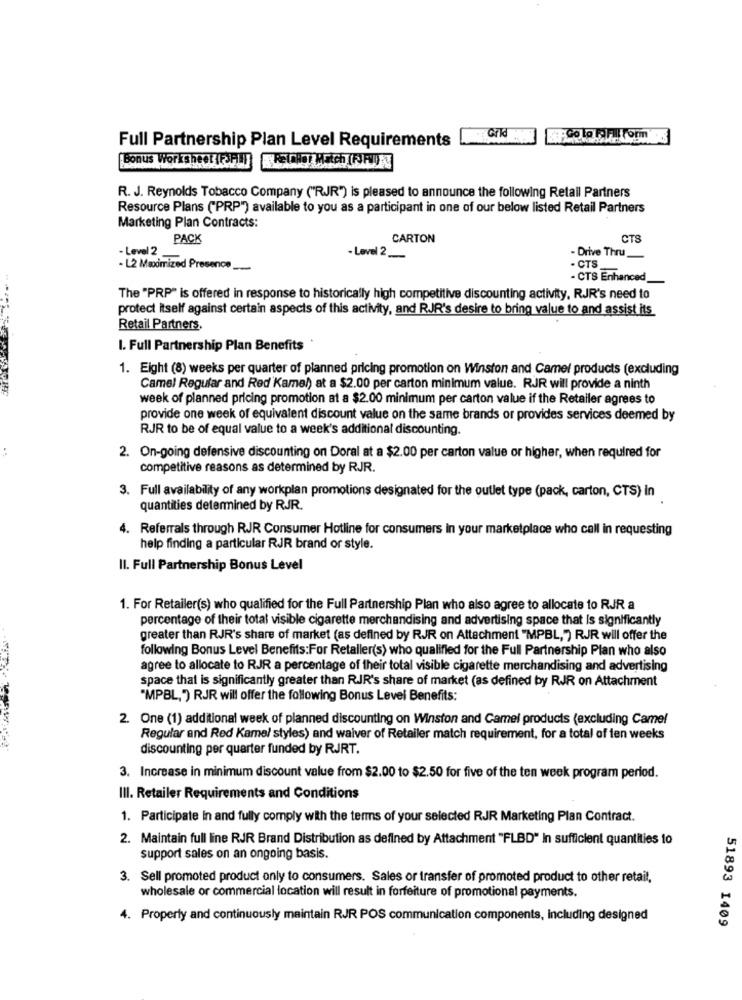
:. Go to FFIlForm
Full Partnership Plan Level Requirements
Bonus Worksheet TRIFLI
R. J. Reynolds Tobacco Company ("RJR") is pleased to announce the following Retail Partners
Resource Plans ("PRP") available to you as a participant in one of our below listed Retail Partners
Marketing Plan Contracts:
PACK
CARTON
CTS
- Level 2
- Level 2_
- Drive Thru_
- L2 Maximized Presence_
. CTS
- CTS Enhanced_
The "PRP" is offered in response to historically high competitive discounting activity, RJR's need to
protect itself against certain aspects of this activity, and RJR's desire to bring value to and assist its
Retail Partners.
I. Full Partnership Plan Benefits *
1. Eight (8) weeks per quarter of planned pricing promotion on Winston and Camel products (excluding
Camel Regular and Red Kamel) at a $2.00 per carton minimum value. RJR will provide a ninth
week of planned pricing promotion at a $2.00 minimum per carton value if the Retailer agrees to
provide one week of equivalent discount value on the same brands or provides services deemed by
RJR to be of equal value to a week's additional discounting.
2. On-going defensive discounting on Doral at a $2.00 per carton value or higher, when required for
competitive reasons as determined by RJR.
3. Full availability of any workplan promotions designated for the outlet type (pack, carton, CTS) In
quantities determined by RJR.
4. Referrals through RJR Consumer Hotline for consumers in your marketplace who call in requesting
help finding a particular RJR brand or style.
Il. Full Partnership Bonus Level
1. For Retailer(s) who qualified for the Full Partnership Plan who also agree to allocate to RJR a
percentage of their total visible cigarette merchandising and advertising space that is significantly
greater than RJR's share of market (as defined by RJR on Attachment "MPBL," RJR will offer the
following Bonus Level Benefits:For Retaller(s) who qualified for the Full Partnership Plan who also
agree to allocate to RJR a percentage of their total visible cigarette merchandising and advertising
space that is significantly greater than RIR's share of market (as defined by RJJR on Attachment
"MPBL,") RJR will offer the following Bonus Levei Benefits:
2. One (1) additional week of planned discounting on Winston and Camel products (excluding Camel
Regular and Red Kamel styles) and waiver of Retailer match requirement, for a total of ten weeks
discounting per quarter funded by RJRT.
3. Increase in minimum discount value from $2.00 to $2.50 for five of the ten week program period.
III. Retailer Requirements and Conditions
1. Participate In and fully comply with the terms of your selected RJR Marketing Plan Contract.
2. Maintain full line RJR Brand Distribution as defined by Attachment "FLBD" In sufficient quantities to
support sales on an ongoing basis.
3. Sell promoted product only to consumers. Sales or transfer of promoted product to other retail,
wholesale or commercial location will result in forfeiture of promotional payments.
4. Property and continuously maintain RJR POS communication components, including designed
51893 1409